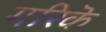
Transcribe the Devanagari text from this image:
गरिकॆ